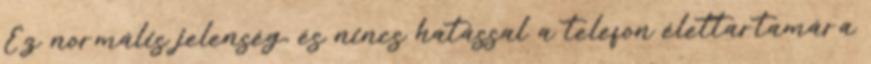
Ez normális jelenség, és nincs hatással a telefon élettartamára